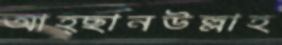
আহ্ছানউল্লাহ